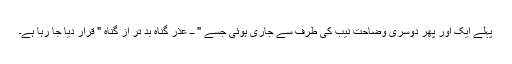
پہلے ایک اور پھر دوسری وضاحت نیب کی طرف سے جاری ہوئی جسے " ــ عذر گناہ بد تر از گناہ " قرار دیا جا رہا ہے۔